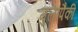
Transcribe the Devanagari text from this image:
मुलापैकी